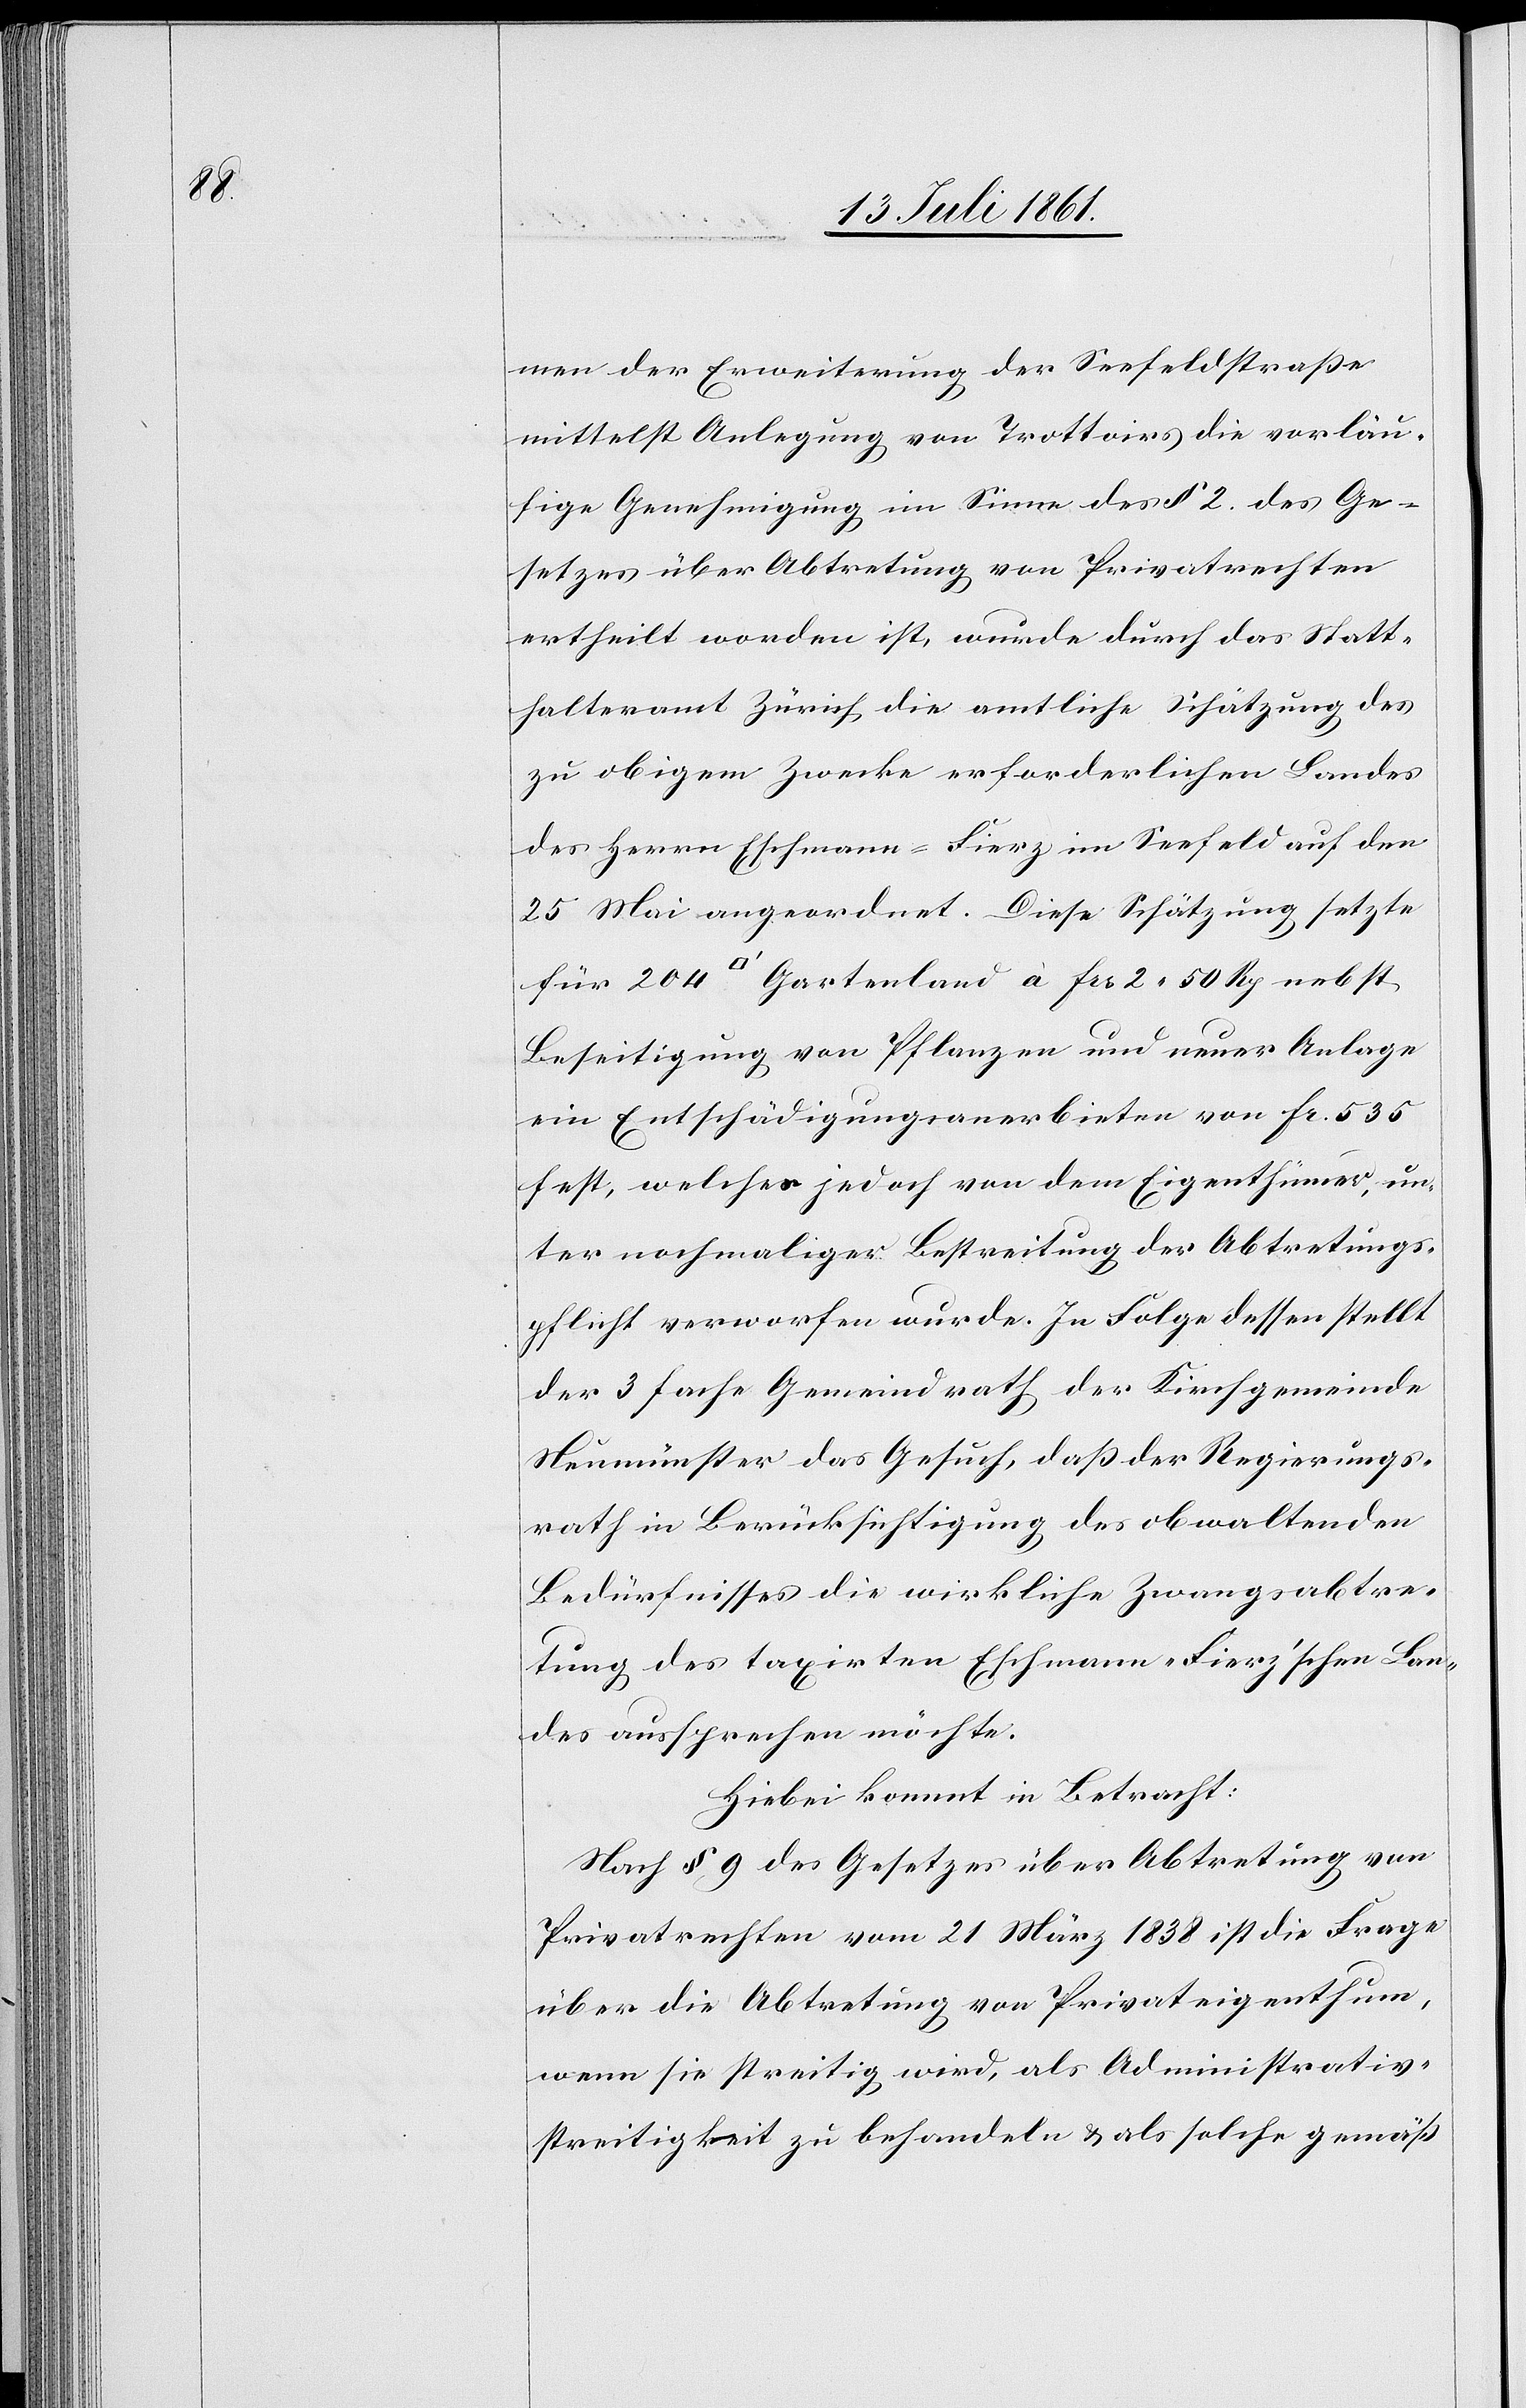
Rp.

mer der Erweiterung der Seefeldstraße
mittelst Anlegung von Trottoirs die vorläu¬
fige Genehmigung im Sinne des § 2 des Ge¬
setzes über Abtretung von Privatrechten
ertheilt worden ist, wurde durch das Statt¬
halteramt Zürich die amtliche Schätzung des
zu obigem Zwecke erforderlichen Landes
des Herrn Eschmann-Fierz im Seefeld auf den
25 Mai angeordnet. Diese Schätzung setzte
Beseitigung von Pflanzen und neuer Anlage
ein Entschädigungsanerbieten von Fr. 535
fest, welches jedoch von dem Eigenthum, un¬
ter nochmaliger Bestreitung der Abtretungs¬
pflicht verworfen wurde. In Folge dessen stellt
der 3 fache Gemeindrath der Kirchgemeinde
Neumünster das Gesuch, daß der Regierungs¬
rath in Berücksichtigung des obwaltenden
Bedürfnisses die wirkliche Zwangsabtre¬
tung des taxirten Eschmann-Fierz’schen Lan¬
des aussprechen möchte.
Hiebei kommt in Betracht:
Nach § 9 des Gesetzes über Abtretung von
Privatrechten vom 21 März 1838 ist die Frage
über die Abtretung von Privateigenthum,
wenn sie streitig wird, als Administrativ¬
streitigkeit zu behandeln u. als solche gemäß